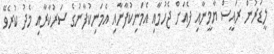
ލީޑަރުން ރައީސް ޔާމީނާއި ފެއަށް ޖެހުމާއި އެމަނިކުފާނާއި އެމަނިކުފާނުގެ ސަރުކާރާއި މެދު ކުރެވޭ